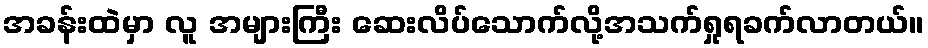
အခန်းထဲမှာ လူ အများကြီး ဆေးလိပ်သောက်လို့အသက်ရှုရခက်လာတယ်။